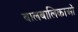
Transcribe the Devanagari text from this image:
बालबालिकाओं